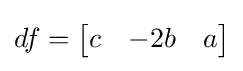
df={\begin{bmatrix}c&-2b&a\end{bmatrix}}